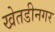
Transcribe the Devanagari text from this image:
खेतडीनगर